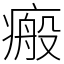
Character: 瘢